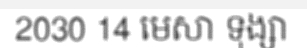
2030 14 មេសា ទុង្សា